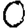
Digit: 0